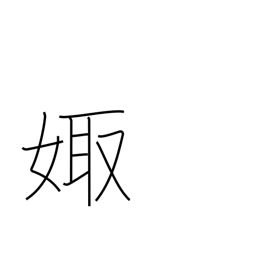
Meaning: marry